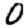
Digit: 0